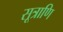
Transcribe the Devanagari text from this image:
सूत्राणि